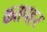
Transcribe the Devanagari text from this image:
कतपहर